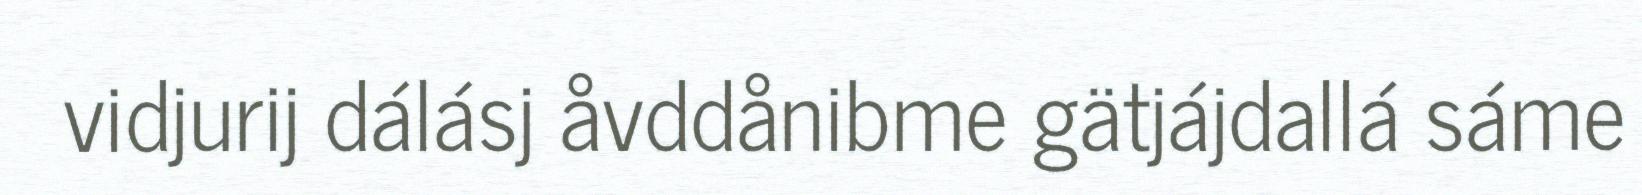
vidjurij dálásj åvddånibme gätjájdallá sáme